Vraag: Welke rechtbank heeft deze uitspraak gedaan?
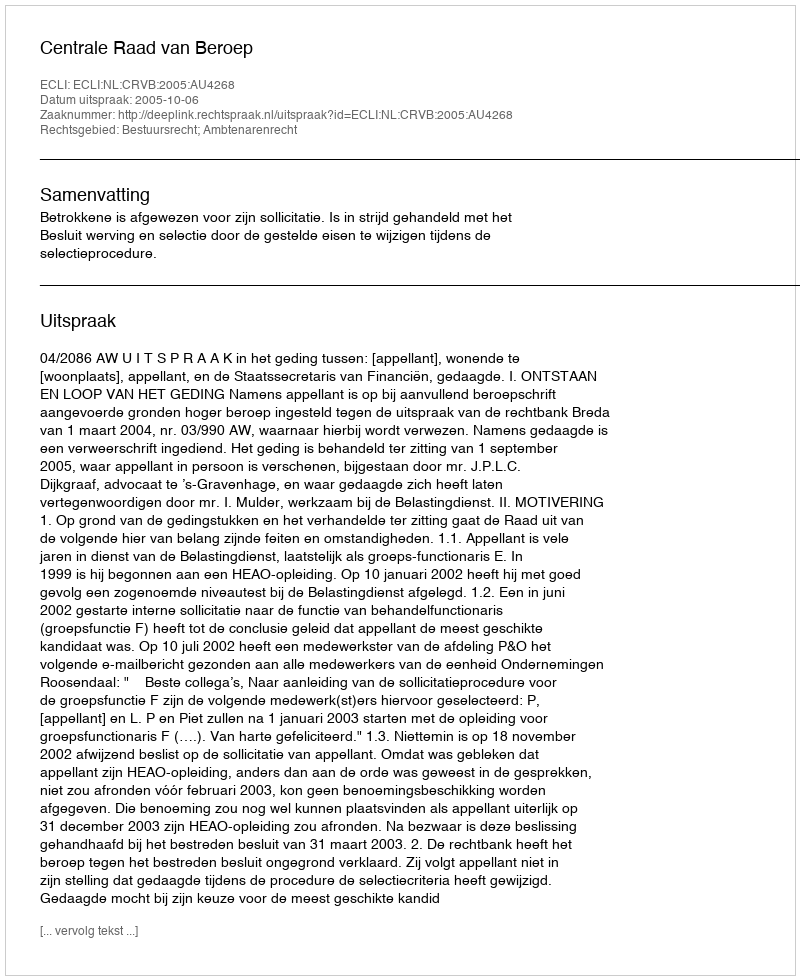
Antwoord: Centrale Raad van Beroep